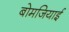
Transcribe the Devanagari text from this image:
बोमजियाई